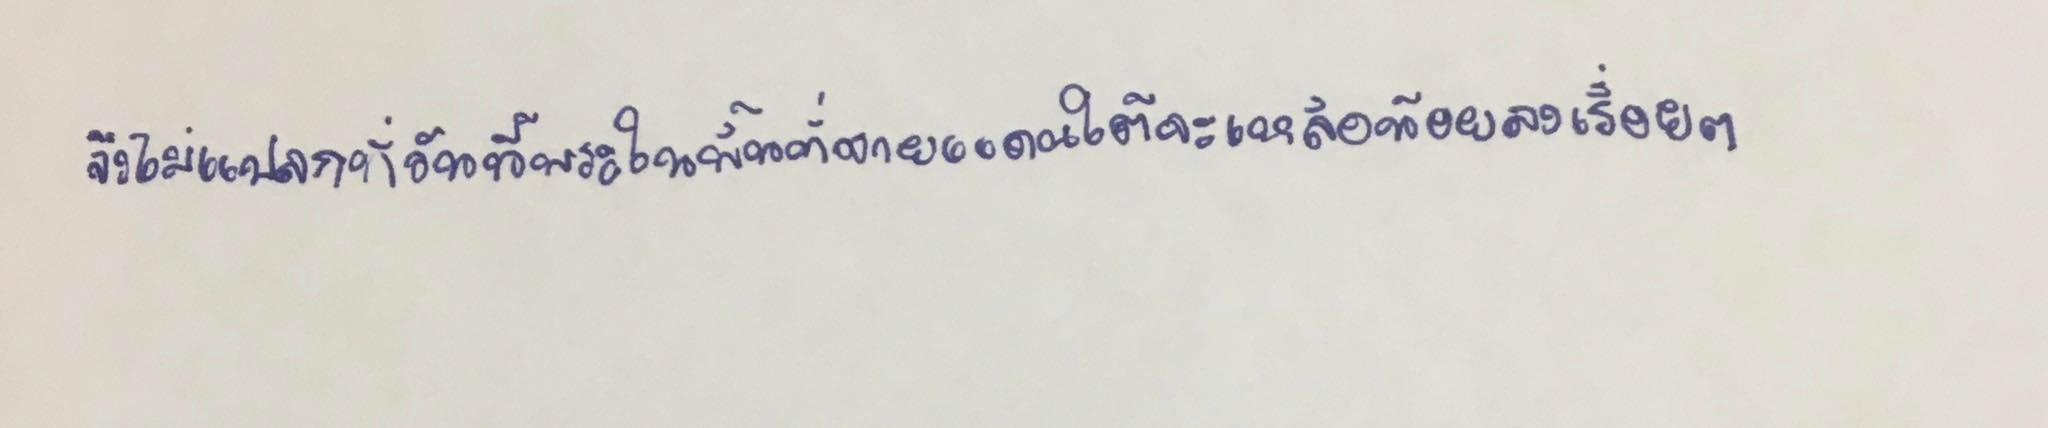
จึงไม่แปลกที่วันนี้พระในพื้นที่ชายแดนใต้จะเหลือน้อยลงเรื่อยๆ"